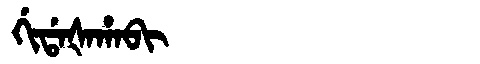
Manchu: ᡤᡳᡩᠠᡧᠠᡥᠠᠪᡳ
Romanization: GIDAŠAHABI